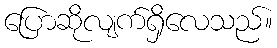
ပြောဆိုလျက်ရှိလေသည်။